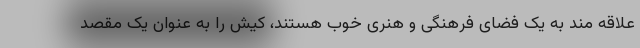
علاقه مند به یک فضای فرهنگی و هنری خوب هستند، کیش را به عنوان یک مقصد